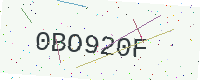
Text: 0BO920F